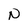
Character: N